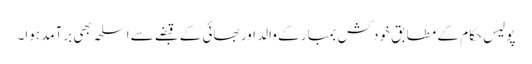
پولیس حکام کے مطابق خودکش بمبار کے والد اور بھائی کے قبضے سے اسلحہ بھی برآمد ہوا۔